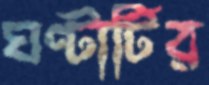
ঘণ্টাটির